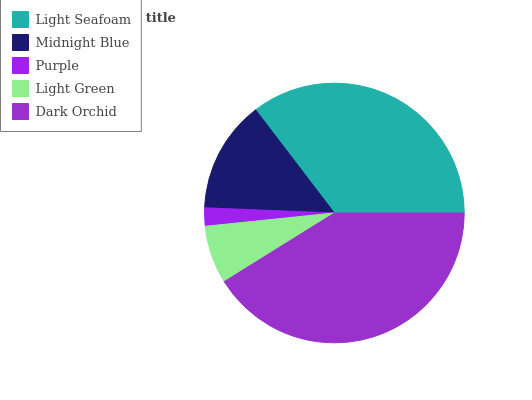
| Light Seafoam | Midnight Blue | Purple | Light Green | Dark Orchid |
 | --- | --- | --- | --- | --- |
 | 35.4% | 14% | 2.26% | 7.25% | 41.1% |